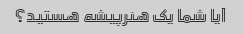
آیا شما یک هنرپیشه هستید؟